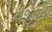
વજીરના